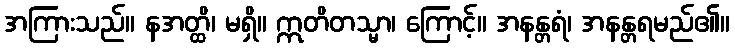
အကြားသည်။ နအတ္ထိ၊ မရှိ။ ဣတိတသ္မာ၊ ကြောင့်။ အနန္တရံ၊ အနန္တရမည်၏။